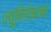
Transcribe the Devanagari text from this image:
ज्यूविरोधाचा